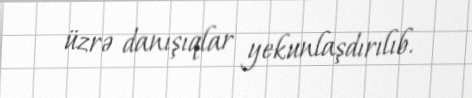
üzrə danışıqlar yekunlaşdırılıb.